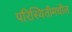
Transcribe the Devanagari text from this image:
परिस्थितीमधील